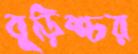
বুড়িশ্চর